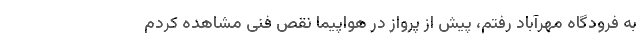
به فرودگاه مهرآباد رفتم، پیش از پرواز در هواپیما نقص فنی مشاهده کردم